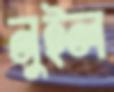
নুইল